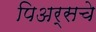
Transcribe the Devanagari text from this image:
पिअर्सचे